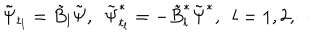
\tilde { \Psi } _ { t _ { l } } = \tilde { B } _ { l } \tilde { \Psi } , \ \ \tilde { \Psi } _ { t _ { l } } ^ { * } = - \tilde { B } _ { l } ^ { * } \tilde { \Psi } ^ { * } , \ \ l = 1 , 2 , \cdots